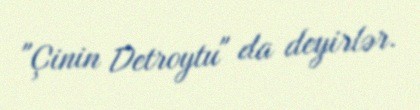
"Çinin Detroytu" da deyirlər.